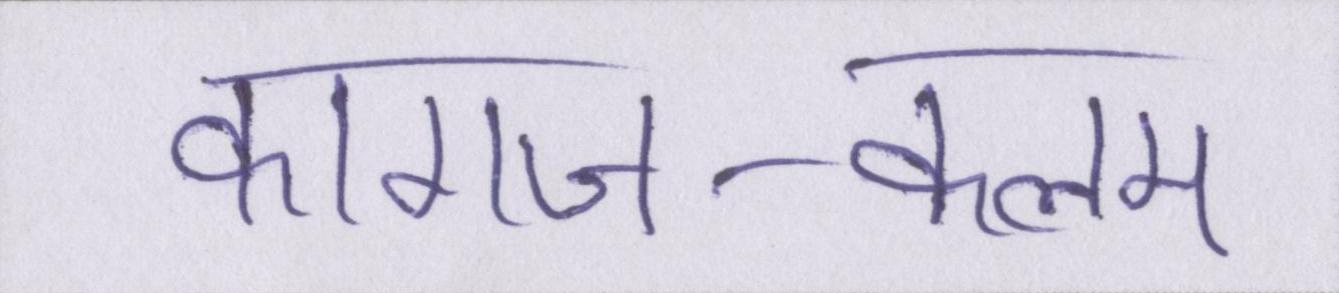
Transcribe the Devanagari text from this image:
कागज-कलम